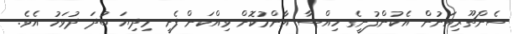
ސެންޗޫރިއަނުން އެކުންފުނީގެ ހިއްސާ އާންމުކޮށް ވިއްކަން ފެށީ މިދިޔަ ބުދަ ދުވަހު އެވެ.